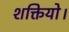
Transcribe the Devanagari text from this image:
शक्तियो।